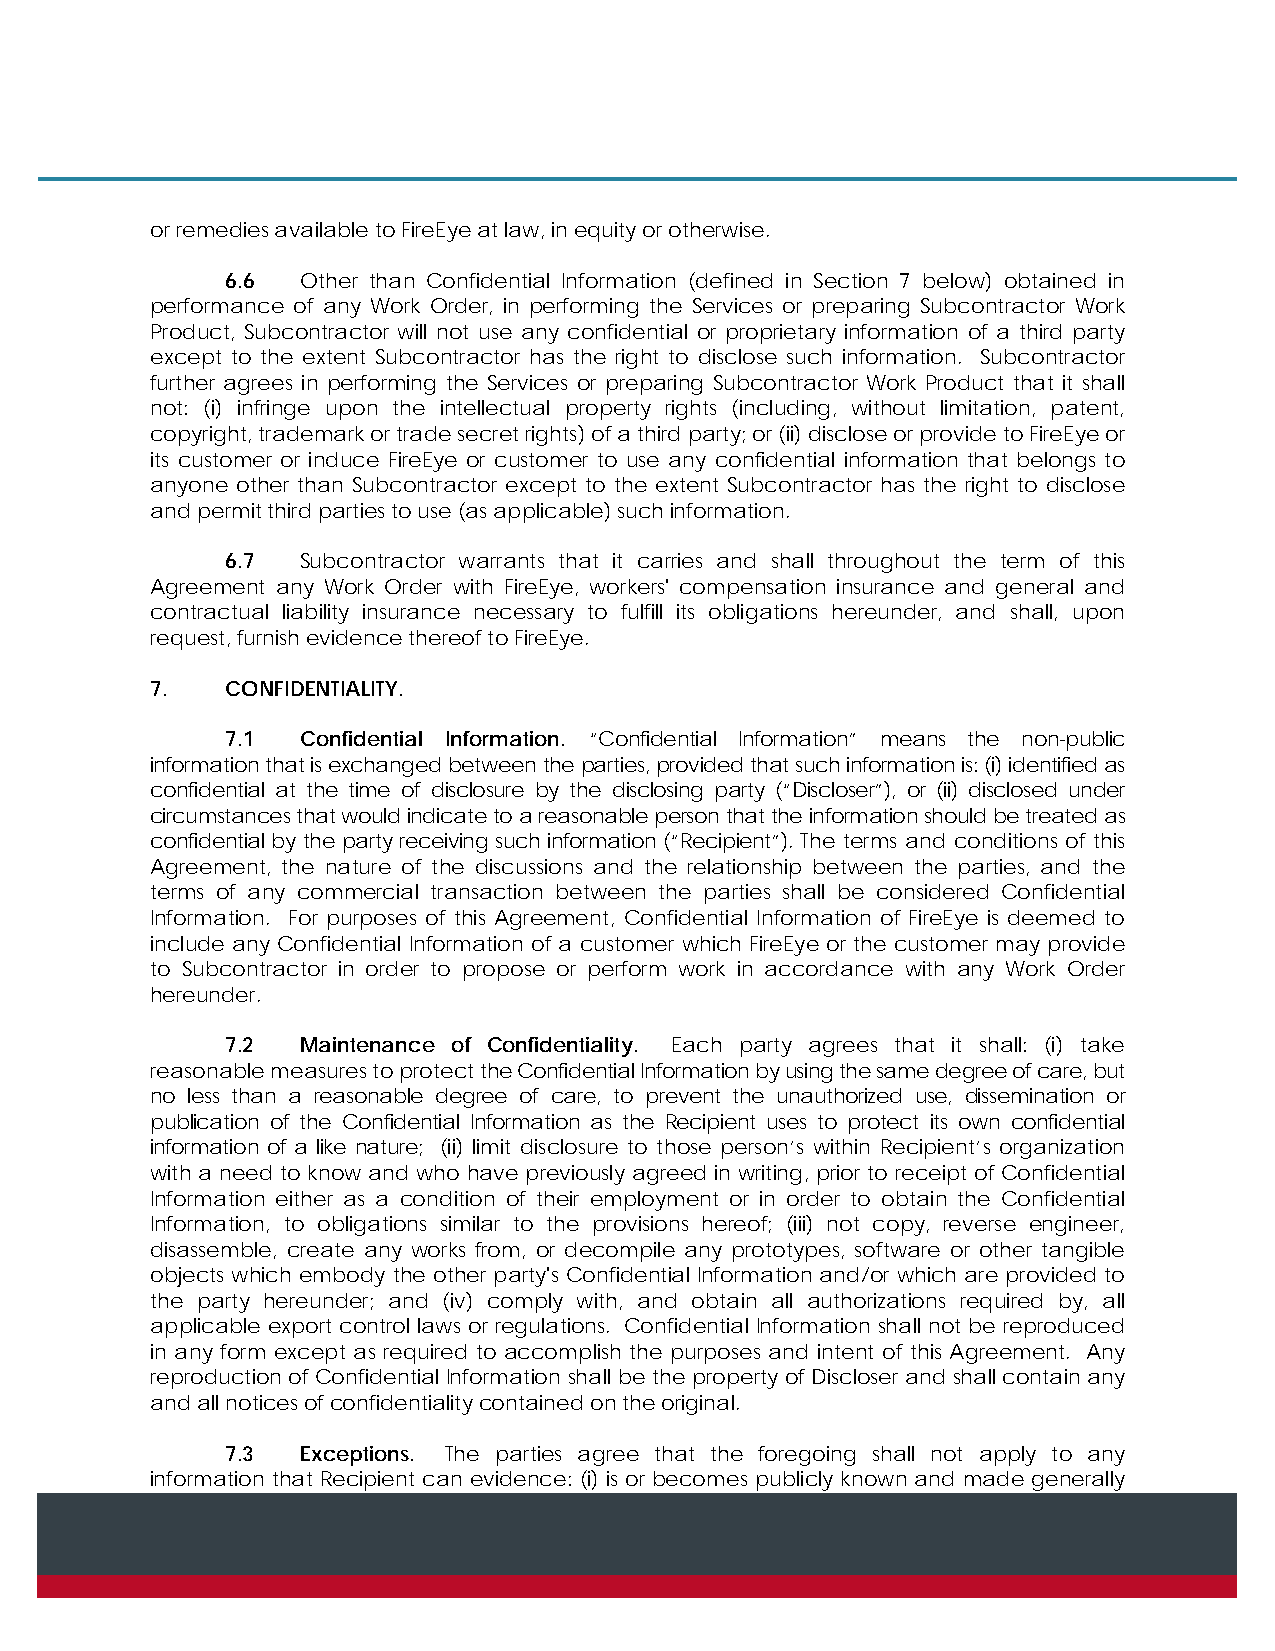
or remedies available to FireEye at law, in equity or otherwise.
 6.6  Other than Confidential Information (defined in Section 7 below) obtained in
 performance of any Work Order, in performing the Services or preparing Subcontractor Work
 Product, Subcontractor will not use any confidential or proprietary information of a third party
 except to the extent Subcontractor has the right to disclose such information. Subcontractor
 further agrees in performing the Services or preparing Subcontractor Work Product that it shall
 not: (i) infringe upon the intellectual property rights (including, without limitation, patent,
 copyright, trademark or trade secret rights) of a third party; or (ii) disclose or provide to FireEye or
 its customer or induce FireEye or customer to use any confidential information that belongs to
 anyone other than Subcontractor except to the extent Subcontractor has the right to disclose
 and permit third parties to use (as applicable) such information.
 6.7  Subcontractor warrants that it carries and shall throughout the term of this
 Agreement any Work Order with FireEye, workers' compensation insurance and general and
 contractual liability insurance necessary to fulfill its obligations hereunder, and shall, upon
 request, furnish evidence thereof to FireEye.
 7.   CONFIDENTIALITY.
 7.1  Confidential Information. “Confidential Information” means the non-public
 information that is exchanged between the parties, provided that such information is: (i) identified as
 confidential at the time of disclosure by the disclosing party (“Discloser”), or (ii) disclosed under
 circumstances that would indicate to a reasonable person that the information should be treated as
 confidential by the party receiving such information (“Recipient”). The terms and conditions of this
 Agreement, the nature of the discussions and the relationship between the parties, and the
 terms of any commercial transaction between the parties shall be considered Confidential
 Information. For purposes of this Agreement, Confidential Information of FireEye is deemed to
 include any Confidential Information of a customer which FireEye or the customer may provide
 to Subcontractor in order to propose or perform work in accordance with any Work Order
 hereunder.
 7.2  Maintenance of Confidentiality. Each party agrees that it shall: (i) take
 reasonable measures to protect the Confidential Information by using the same degree of care, but
 no less than a reasonable degree of care, to prevent the unauthorized use, dissemination or
 publication of the Confidential Information as the Recipient uses to protect its own confidential
 information of a like nature; (ii) limit disclosure to those person’s within Recipient’s organization
 with a need to know and who have previously agreed in writing, prior to receipt of Confidential
 Information either as a condition of their employment or in order to obtain the Confidential
 Information, to obligations similar to the provisions hereof; (iii) not copy, reverse engineer,
 disassemble, create any works from, or decompile any prototypes, software or other tangible
 objects which embody the other party's Confidential Information and/or which are provided to
 the party hereunder; and (iv) comply with, and obtain all authorizations required by, all
 applicable export control laws or regulations. Confidential Information shall not be reproduced
 in any form except as required to accomplish the purposes and intent of this Agreement. Any
 reproduction of Confidential Information shall be the property of Discloser and shall contain any
 and all notices of confidentiality contained on the original.
 7.3  Exceptions. The parties agree that the foregoing shall not apply to any
 information that Recipient can evidence: (i) is or becomes publicly known and made generally